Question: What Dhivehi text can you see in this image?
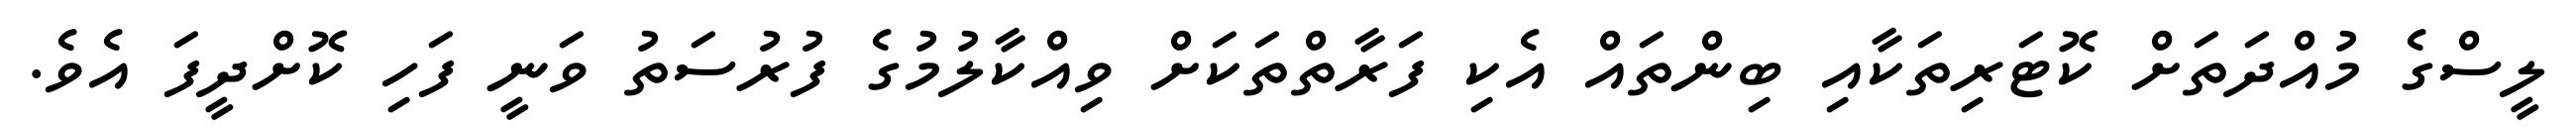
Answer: ލީސްގެ މުއްދަތަށް ކޮޓަރިތަކާއި ބިންތައް އެކި ފަރާތްތަކަށް ވިއްކާލުމުގެ ފުރުސަތު ވަނީ ފަހި ކޮށްދީފަ އެވެ.